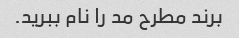
برند مطرح مد را نام ببرید.